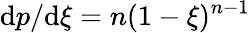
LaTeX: \mathrm{d}p/\mathrm{d}\xi=n(1-\xi)^{n-1}